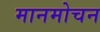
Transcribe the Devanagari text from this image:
मानमोचन